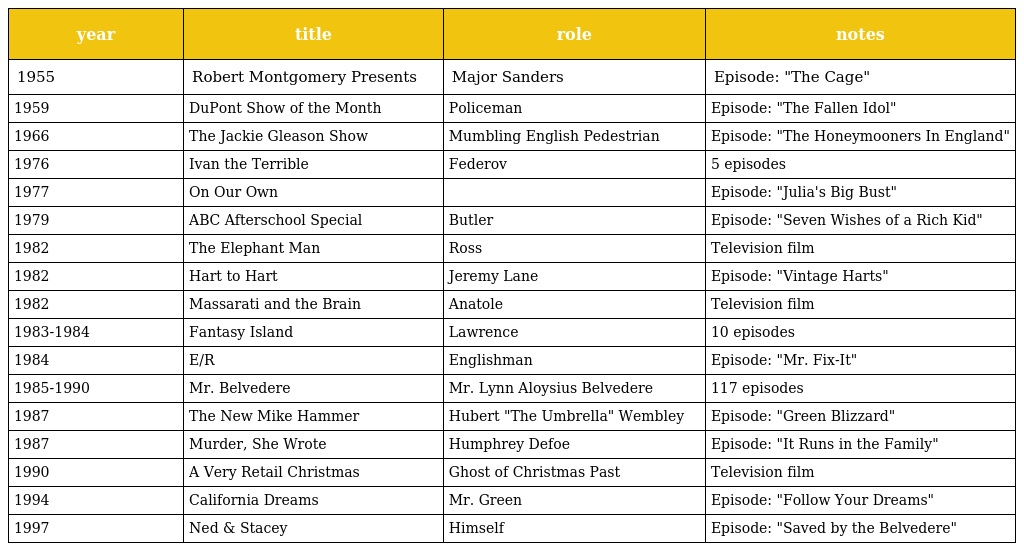
| year | title | role | notes |
 | --- | --- | --- | --- |
 | 1955 | Robert Montgomery Presents | Major Sanders | Episode: "The Cage" |
 | 1959 | DuPont Show of the Month | Policeman | Episode: "The Fallen Idol" |
 | 1966 | The Jackie Gleason Show | Mumbling English Pedestrian | Episode: "The Honeymooners In England" |
 | 1976 | Ivan the Terrible | Federov | 5 episodes |
 | 1977 | On Our Own |  | Episode: "Julia's Big Bust" |
 | 1979 | ABC Afterschool Special | Butler | Episode: "Seven Wishes of a Rich Kid" |
 | 1982 | The Elephant Man | Ross | Television film |
 | 1982 | Hart to Hart | Jeremy Lane | Episode: "Vintage Harts" |
 | 1982 | Massarati and the Brain | Anatole | Television film |
 | 1983-1984 | Fantasy Island | Lawrence | 10 episodes |
 | 1984 | E/R | Englishman | Episode: "Mr. Fix-It" |
 | 1985-1990 | Mr. Belvedere | Mr. Lynn Aloysius Belvedere | 117 episodes |
 | 1987 | The New Mike Hammer | Hubert "The Umbrella" Wembley | Episode: "Green Blizzard" |
 | 1987 | Murder, She Wrote | Humphrey Defoe | Episode: "It Runs in the Family" |
 | 1990 | A Very Retail Christmas | Ghost of Christmas Past | Television film |
 | 1994 | California Dreams | Mr. Green | Episode: "Follow Your Dreams" |
 | 1997 | Ned & Stacey | Himself | Episode: "Saved by the Belvedere" |